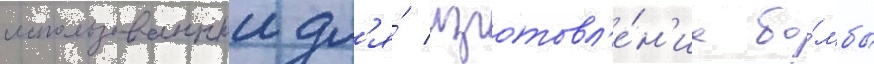
использованныи дл'я́ изготовл'е́н'иа бо́мбы